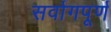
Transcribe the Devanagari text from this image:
सर्वागपूर्ण